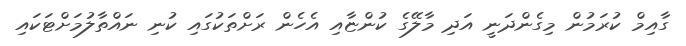
ގާއިމް ކުރަމުން މިގެންދަނީ އަދި މާލޭގެ ކުންޏާއި އެހެން ރަށްތަކުގައި ކުނި ނައްތާލުމަށްޓަކައި